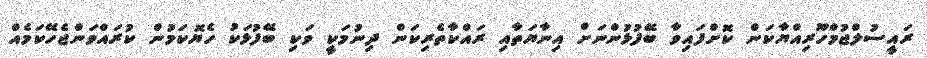
ރައީސުލްޖުމްހޫރިއްޔާކަން ކޮށްފައިވާ ބޭފުޅުންނަށް އިނާޔަތާއި ރައްކާތެރިކަން ދިނުމަކީ ވަކި ބޭފުޅަކު ހެޔޮކަމުން ކުރައްވަންޖެހޭކަމެއް